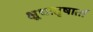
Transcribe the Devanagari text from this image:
क्षुधातृषार्ता